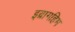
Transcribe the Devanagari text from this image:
इब्रागहिम